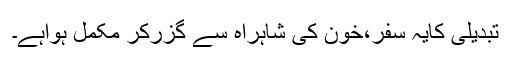
تبدیلی کایہ سفر،خون کی شاہراہ سے گزرکر مکمل ہواہے۔